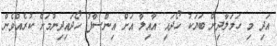
އަދި މި ހަމަލާދިން ބަޔަކު ހޯދައި އާއިލާ އަށް އިންސާފު ހޯދައިދިނުމަށް ކުރެއްވެން